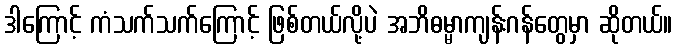
ဒါကြောင့် ကံသက်သက်ကြောင့် ဖြစ်တယ်လို့ပဲ အဘိဓမ္မာကျန်းဂန်တွေမှာ ဆိုတယ်။